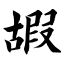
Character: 嘏